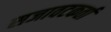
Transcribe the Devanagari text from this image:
सजावटकर्ता